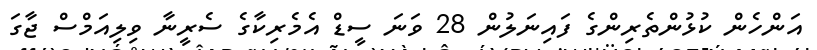
އަންހެން ކުޅުންތެރިންގެ ފައިނަލުން 28 ވަނަ ސީޑް އެމެރިކާގެ ސެރީނާ ވިލިއަމްސް ޖާގަ